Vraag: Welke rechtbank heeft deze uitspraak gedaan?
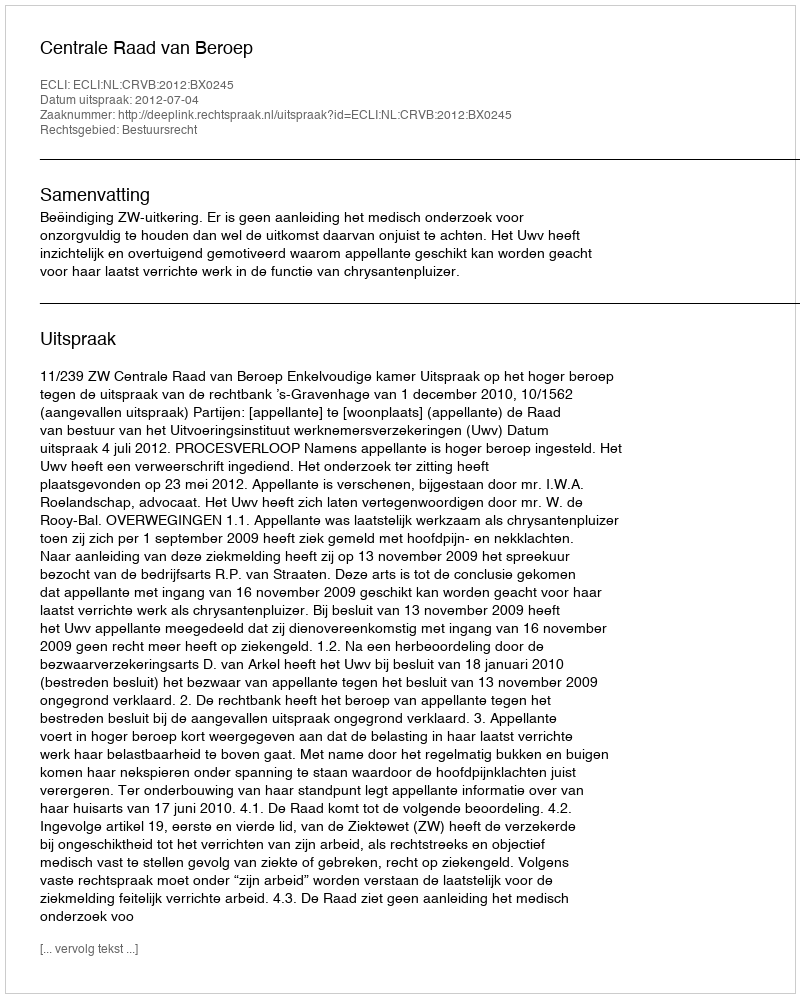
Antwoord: Centrale Raad van Beroep